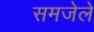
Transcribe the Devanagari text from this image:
समजेले